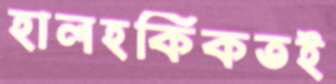
হালহকিকতই